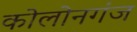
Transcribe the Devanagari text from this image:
कोलोनगंज